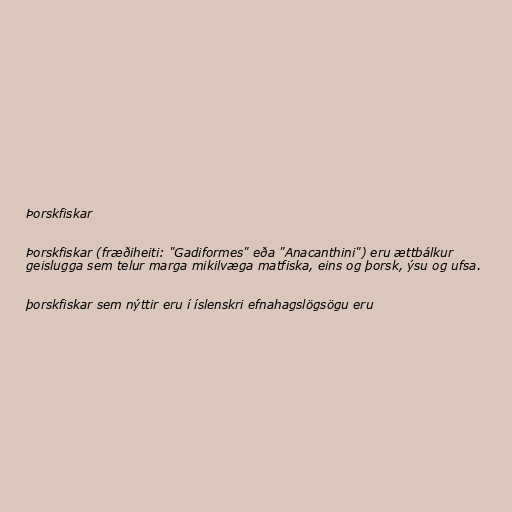
Þorskfiskar

Þorskfiskar (fræðiheiti: "Gadiformes" eða "Anacanthini") eru ættbálkur
geislugga sem telur marga mikilvæga matfiska, eins og þorsk, ýsu og ufsa.

þorskfiskar sem nýttir eru í íslenskri efnahagslögsögu eru